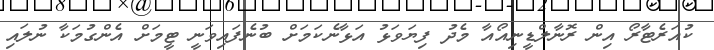
ކުއަރެޓާރޯ އިން ރޮނާލްޑީނިއޯއާ މެދު ފިޔަވަޅު އަޅާނެކަމަށް ބުނެފައިވަނީ ޓީމަށް އެންގުމަކާ ނުލައި